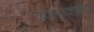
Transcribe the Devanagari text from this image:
दशसहस्त्रकांमध्ये